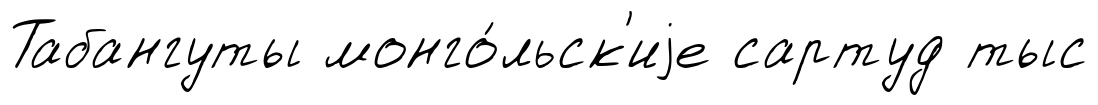
Табангуты монго́льск'иjе сартуд тыс